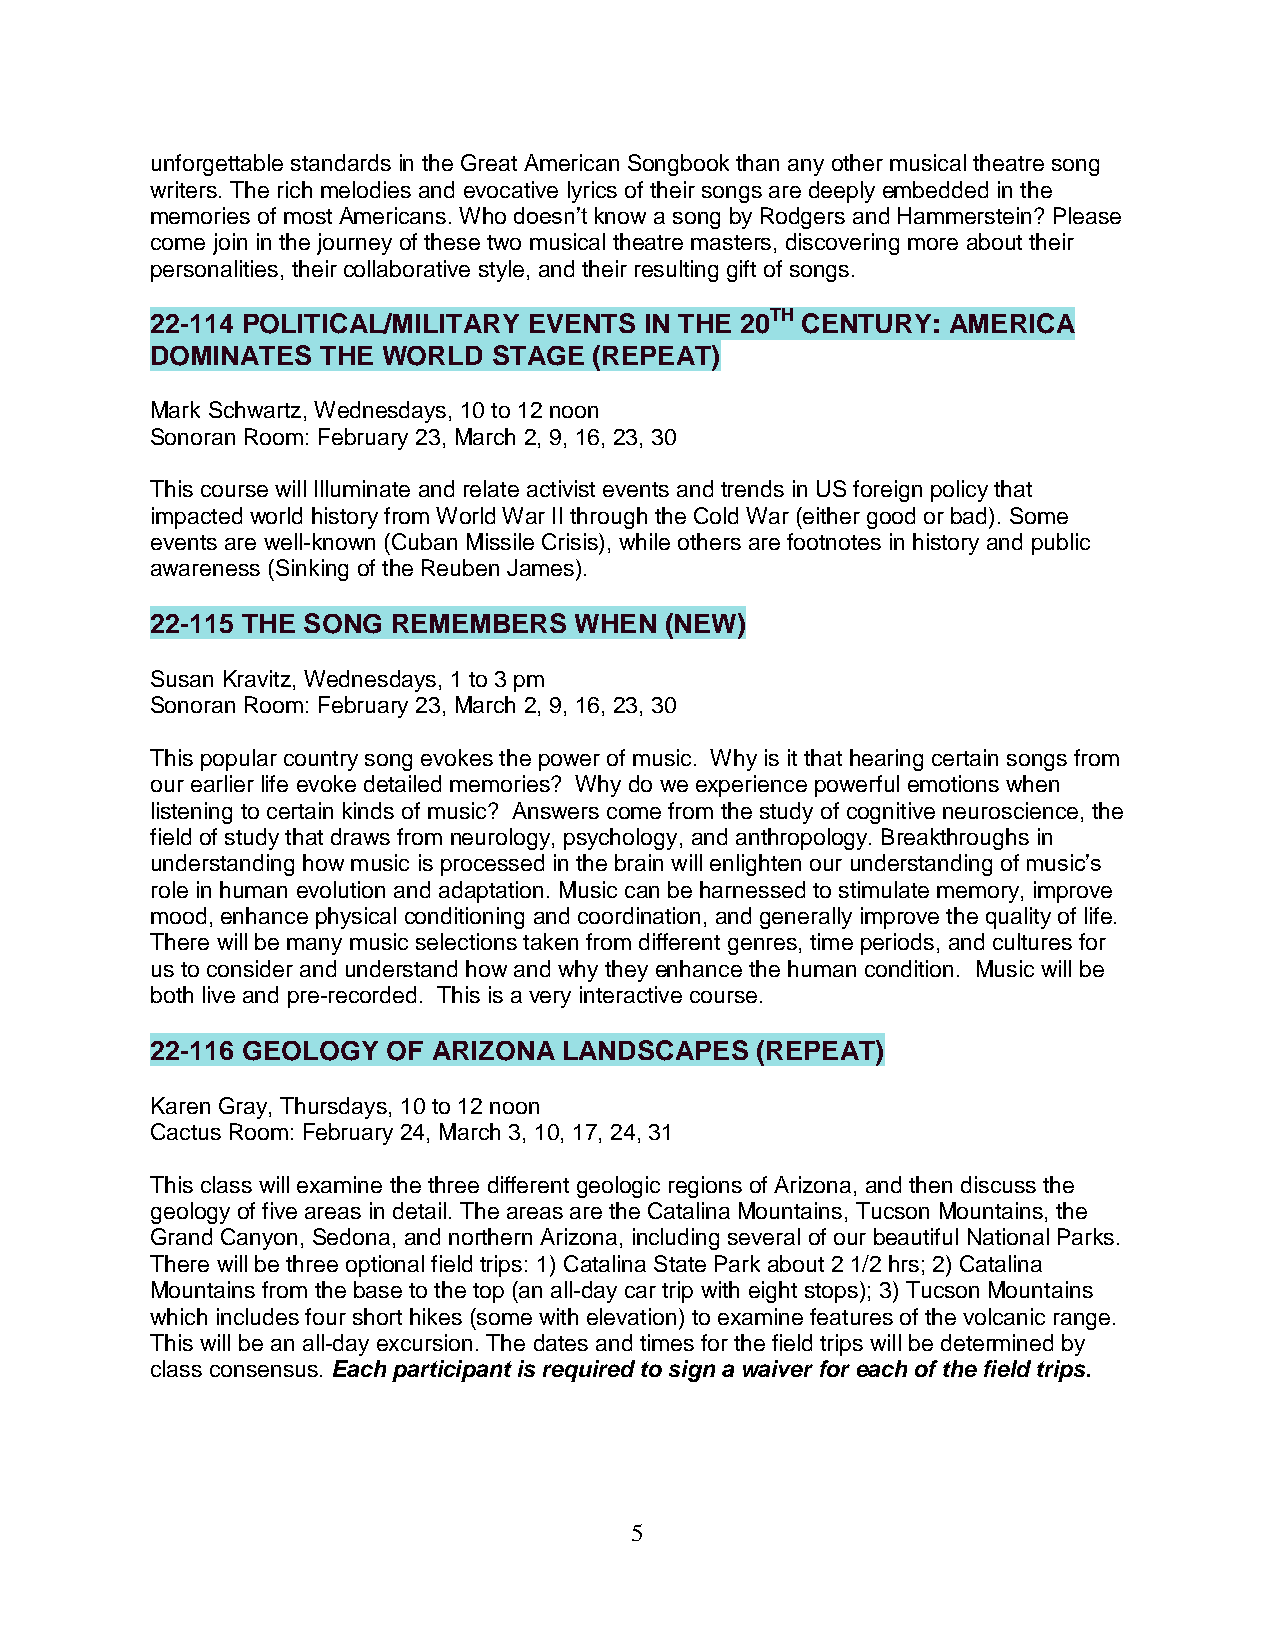
unforgettable standards in the Great American Songbook than any other musical theatre song
 writers. The rich melodies and evocative lyrics of their songs are deeply embedded in the
 memories of most Americans. Who doesn’t know a song by Rodgers and Hammerstein? Please
 come join in the journey of these two musical theatre masters, discovering more about their
 personalities, their collaborative style, and their resulting gift of songs.
 22-114 POLITICAL/MILITARY EVENTS IN THE 20TH CENTURY: AMERICA
 DOMINATES  THE WORLD   STAGE (REPEAT)
 Mark Schwartz, Wednesdays, 10 to 12 noon
 Sonoran Room: February 23, March 2, 9, 16, 23, 30
 This course will Illuminate and relate activist events and trends in US foreign policy that
 impacted world history from World War II through the Cold War (either good or bad). Some
 events are well-known (Cuban Missile Crisis), while others are footnotes in history and public
 awareness (Sinking of the Reuben James).
 22-115 THE SONG REMEMBERS   WHEN  (NEW)
 Susan Kravitz, Wednesdays, 1 to 3 pm
 Sonoran Room: February 23, March 2, 9, 16, 23, 30
 This popular country song evokes the power of music. Why is it that hearing certain songs from
 our earlier life evoke detailed memories? Why do we experience powerful emotions when
 listening to certain kinds of music? Answers come from the study of cognitive neuroscience, the
 field of study that draws from neurology, psychology, and anthropology. Breakthroughs in
 understanding how music is processed in the brain will enlighten our understanding of music’s
 role in human evolution and adaptation. Music can be harnessed to stimulate memory, improve
 mood, enhance physical conditioning and coordination, and generally improve the quality of life.
 There will be many music selections taken from different genres, time periods, and cultures for
 us to consider and understand how and why they enhance the human condition. Music will be
 both live and pre-recorded. This is a very interactive course.
 22-116 GEOLOGY  OF ARIZONA LANDSCAPES   (REPEAT)
 Karen Gray, Thursdays, 10 to 12 noon
 Cactus Room: February 24, March 3, 10, 17, 24, 31
 This class will examine the three different geologic regions of Arizona, and then discuss the
 geology of five areas in detail. The areas are the Catalina Mountains, Tucson Mountains, the
 Grand Canyon, Sedona, and northern Arizona, including several of our beautiful National Parks.
 There will be three optional field trips: 1) Catalina State Park about 2 1/2 hrs; 2) Catalina
 Mountains from the base to the top (an all-day car trip with eight stops); 3) Tucson Mountains
 which includes four short hikes (some with elevation) to examine features of the volcanic range.
 This will be an all-day excursion. The dates and times for the field trips will be determined by
 class consensus. Each participant is required to sign a waiver for each of the field trips.
 5